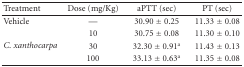
<table><thead><tr><td><b>Treatment</b></td><td><b>Dose (mg/Kg)</b></td><td><b>aPTT (sec)</b></td><td><b>PT (sec)</b></td></tr></thead><tbody><tr><td>Vehicle</td><td>—</td><td>30.90 ± 0.25</td><td>11.33 ± 0.08</td></tr><tr><td rowspan="3"><i>C. xanthocarpa</i></td><td>10</td><td>30.75 ± 0.08</td><td>11.30 ± 0.10</td></tr><tr><td>30</td><td>32.30 ± 0.91<sup>a</sup></td><td>11.43 ± 0.13</td></tr><tr><td>100</td><td>33.13 ± 0.63<sup>a</sup></td><td>11.35 ± 0.08</td></tr></tbody></table>